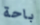
باحة